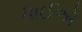
ધાઈએ